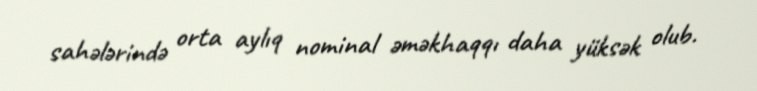
sahələrində orta aylıq nominal əməkhaqqı daha yüksək olub.